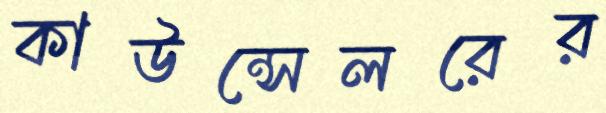
কাউন্সেলরের